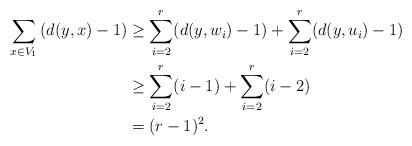
LaTeX: \begin{align*}\sum_{x \in V_1} \left(d(y,x)-1\right) &\ge \sum_{i=2}^r (d(y,w_i)-1)+\sum_{i=2}^r (d(y,u_i)-1)\\&\ge \sum_{i=2}^r (i-1) + \sum_{i=2}^r (i-2)\\&=(r-1)^2.\end{align*}